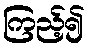
ကြည့်၍